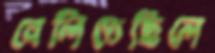
বেলিতেছিলে